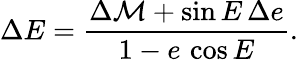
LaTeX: \Delta E=\frac{\Delta\mathcal{M}+\sin E\, \Delta e}{1-e\, \cos E}.